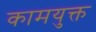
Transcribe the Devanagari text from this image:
कामयुक्त